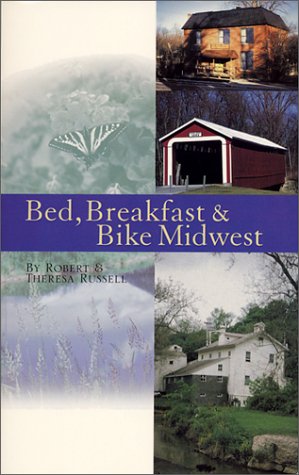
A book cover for Bed, Breakfast & Bike Midwest; Theresa Russell; Travel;